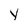
Character: y